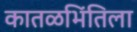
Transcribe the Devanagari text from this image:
कातळभिंतिला